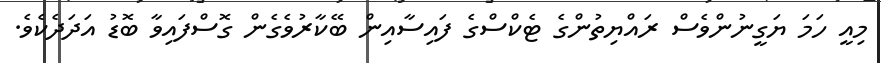
މިއީ ހަމަ ޔަގީނުންވެސް ރައްޔިތުންގެ ޓެކްސްގެ ފައިސާއިން ބޭކާރުވެގެން ގޮސްފައިވާ ބޮޑު އަދަދެކެވެ.